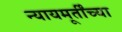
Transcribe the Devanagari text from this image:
न्यायमूर्तींच्या